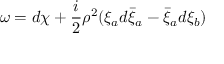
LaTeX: \omega = d \chi + \frac { i } { 2 } \rho ^ { 2 } ( \xi _ { a } d \bar { \xi } _ { a } - \bar { \xi } _ { a } d \xi _ { b } )